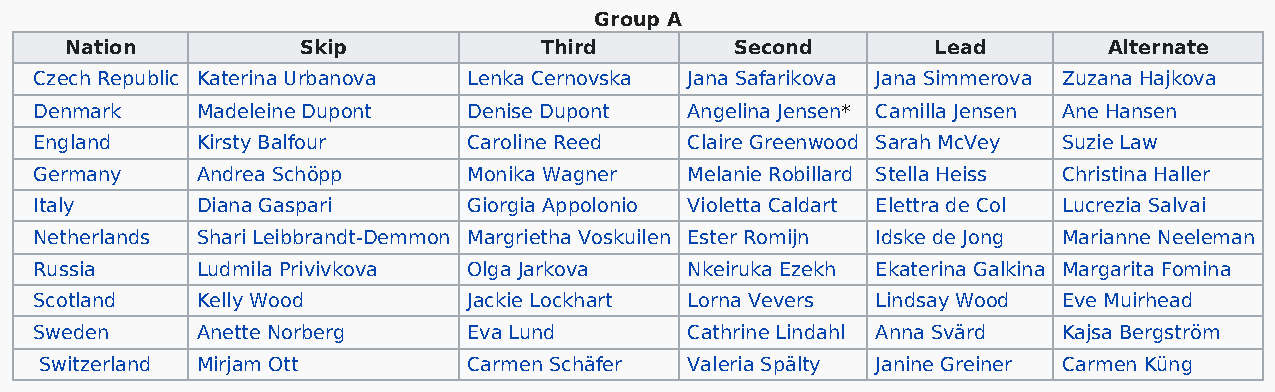
Group A
 Nation          Skip            Third        Second       Lead       Alternate
 Czech Republic Katerina Urbanova Lenka Cernovska Jana Safarikova Jana Simmerova Zuzana Hajkova
 Denmark    Madeleine Dupont  Denise Dupont  Angelina Jensen* Camilla Jensen Ane Hansen
 England    Kirsty Balfour    Caroline Reed  Claire Greenwood Sarah McVey Suzie Law
 Germany    Andrea Schöpp     Monika Wagner  Melanie Robillard Stella Heiss Christina Haller
 Italy      Diana Gaspari     Giorgia Appolonio Violetta Caldart Elettra de Col Lucrezia Salvai
 Netherlands Shari Leibbrandt-Demmon Margrietha Voskuilen Ester Romijn Idske de Jong Marianne Neeleman
 Russia     Ludmila Privivkova Olga Jarkova  Nkeiruka Ezekh Ekaterina Galkina Margarita Fomina
 Scotland   Kelly Wood        Jackie Lockhart Lorna Vevers Lindsay Wood Eve Muirhead
 Sweden     Anette Norberg    Eva Lund       Cathrine Lindahl Anna Svärd Kajsa Bergström
 Switzerland Mirjam Ott      Carmen Schäfer Valeria Spälty Janine Greiner Carmen Küng